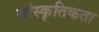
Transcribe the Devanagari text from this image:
सांस्कृतिकता